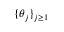
\{ \theta _ { j } \} _ { j \ge 1 }